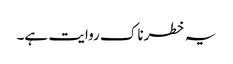
یہ خطرناک روایت ہے۔